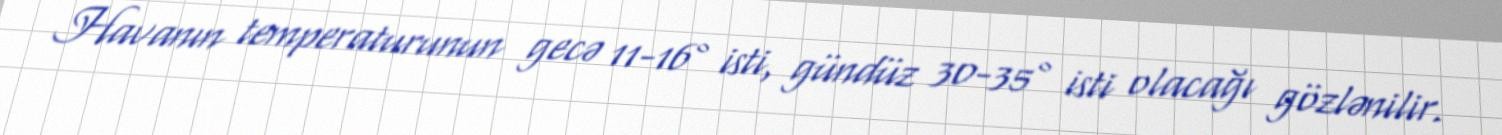
Havanın temperaturunun gecə 11-16° isti, gündüz 30-35° isti olacağı gözlənilir.